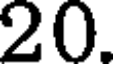
20.